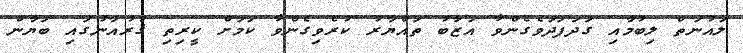
ލައުނަތް ލިބުމާއި ގަދަފަދަވެގެންވާ އަޒާބު ތައްޔާރު ކުރެވިގެންވާ ކަމަށް ކީރިތި ޤުރުއާނުގައި ބަޔާން